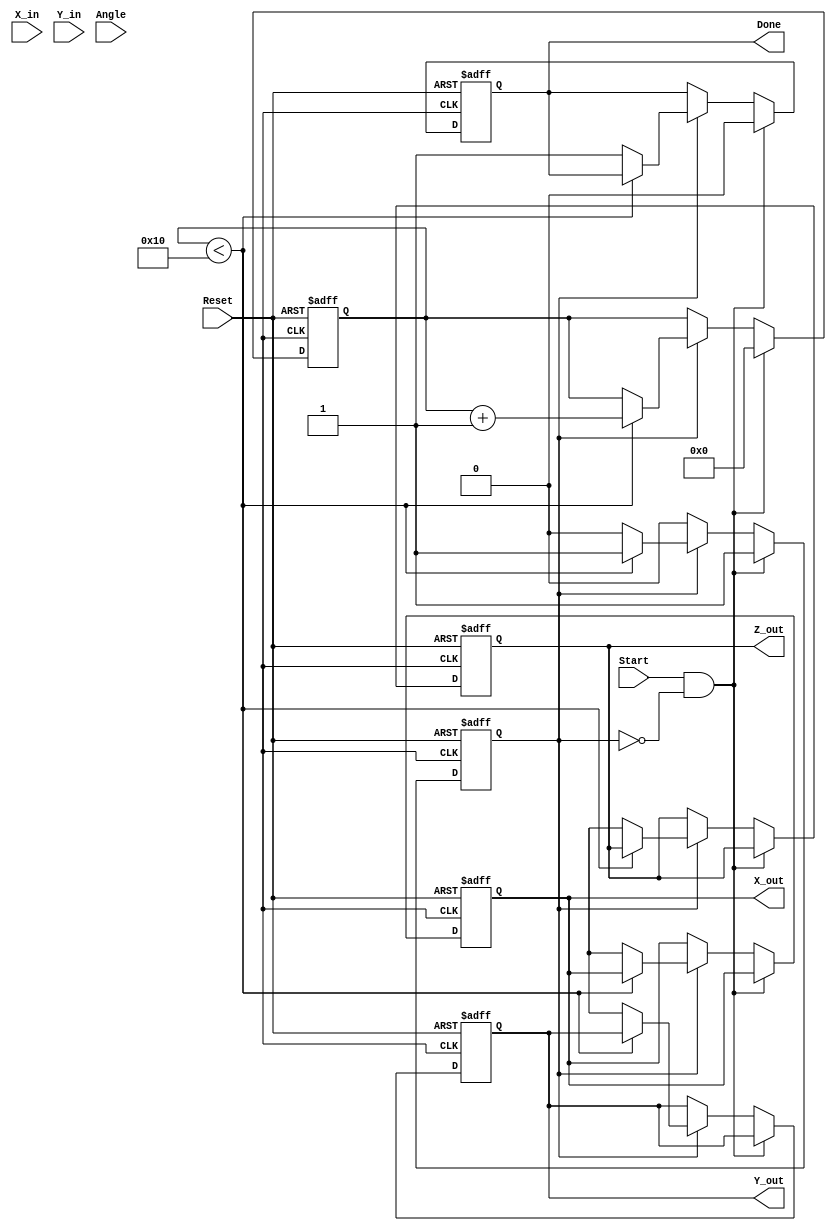
module vectoring_cordic #(
    parameter N = 16,               // Number of iterations
    parameter WIDTH_X = 16,         // Width of X and Y coordinates
    parameter WIDTH_ANGLE = 16      // Width of Angle
)(
    input  wire signed [WIDTH_X-1:0] X_in,     // Input X coordinate
    input  wire signed [WIDTH_X-1:0] Y_in,     // Input Y coordinate
    input  wire signed [WIDTH_ANGLE-1:0] Angle, // Initial angle
    input  wire Start,                         // Control signal to start
    input  wire Reset,                         // Asynchronous reset
    output reg signed [WIDTH_X-1:0] X_out,    // Output X coordinate
    output reg signed [WIDTH_X-1:0] Y_out,    // Output Y coordinate
    output reg signed [WIDTH_ANGLE-1:0] Z_out, // Output angle
    output reg Done                          // Completion signal
);

    // CORDIC Constants
    reg signed [WIDTH_ANGLE-1:0] atan_table [0:N-1]; // Lookup table for atan(2^-i)
    
    // Internal signals
    reg signed [WIDTH_X-1:0] X [0:N-1]; // Pipeline storage for X
    reg signed [WIDTH_X-1:0] Y [0:N-1]; // Pipeline storage for Y
    reg signed [WIDTH_ANGLE-1:0] Z [0:N-1]; // Pipeline storage for Z
    reg [4:0] iteration; // Current iteration index
    reg processing; // Processing flag

    // Initialize the atan table
    initial begin
        // Generate atan(2^-i) values (fixed-point representation)
        // This is an example; actual values need to be computed
        atan_table[0] = 16'h3243; // atan(1)
        atan_table[1] = 16'h1DAC; // atan(0.5)
        // More values should be filled based on the desired precision
    end

    // Combinational logic for iteration
    always @(posedge clk or posedge Reset) begin
        if (Reset) begin
            X_out <= 0;
            Y_out <= 0;
            Z_out <= 0;
            iteration <= 0;
            processing <= 0;
            Done <= 0;
        end else if (Start && !processing) begin
            // Initialize the first stage
            X[0] <= X_in;
            Y[0] <= Y_in;
            Z[0] <= Angle;
            iteration <= 0;
            processing <= 1;
            Done <= 0;
        end else if (processing) begin
            if (iteration < N) begin
                // CORDIC rotation logic
                if (Y[iteration] < 0) begin
                    // Perform a clockwise rotation
                    X[iteration + 1] <= X[iteration] + (Y[iteration] >>> iteration);
                    Y[iteration + 1] <= Y[iteration] + (X[iteration] >>> iteration);
                    Z[iteration + 1] <= Z[iteration] + atan_table[iteration];
                end else begin
                    // Perform a counter-clockwise rotation
                    X[iteration + 1] <= X[iteration] - (Y[iteration] >>> iteration);
                    Y[iteration + 1] <= Y[iteration] - (X[iteration] >>> iteration);
                    Z[iteration + 1] <= Z[iteration] - atan_table[iteration];
                end
                // Update for next iteration
                iteration <= iteration + 1;
            end else begin
                // Final iteration complete
                X_out <= X[N];
                Y_out <= Y[N];
                Z_out <= Z[N];
                Done <= 1;
                processing <= 0;
            end
        end
    end

endmodule